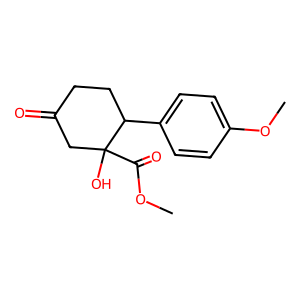
SMILES: COC(=O)C1(O)CC(=O)CCC1c1ccc(OC)cc1
Inhibits HIV replication: No